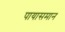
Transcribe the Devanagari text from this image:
पायासमान